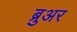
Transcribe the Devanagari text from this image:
ब्रुअर